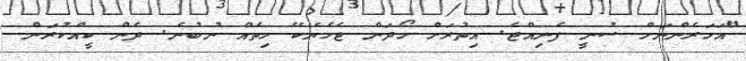
"އަހަރެންނަށް ސުނީ ފެނިއްޖެ. އިތުރަށް ހޯދަން ޖެހެޔެކޭ ހިތެއް ނުބުނެ. ދެން ކީއްކުރަން